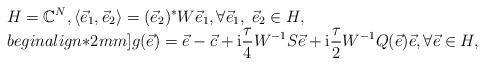
LaTeX: \begin{align*}\begin{array}{@{}l@{}}{\displaystyle H = \mathbb{C}^{N}, \langle \vec{e}_{1} , \vec{e}_{2}\rangle = (\vec{e}_{2})^{\ast}W\vec{e}_{1}, \forall \vec{e}_{1}, \; \vec{e}_{2} \in H, }\\begin{align*}2mm]{\displaystyle g(\vec{e}) = \vec{e}-\vec{c}+{\rm i}\frac{\tau}{4}W^{-1}S\vec{e} + {\rm i}\frac{\tau}{2}W^{-1}Q(\vec{e})\vec{e}, \forall \vec{e}\in H, }\end{array}\end{align*}